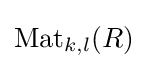
{\text{Mat}}_{k,l}(R)